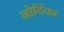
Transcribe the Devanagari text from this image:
नोर्दिका